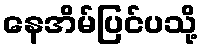
နေအိမ်ပြင်ပသို့